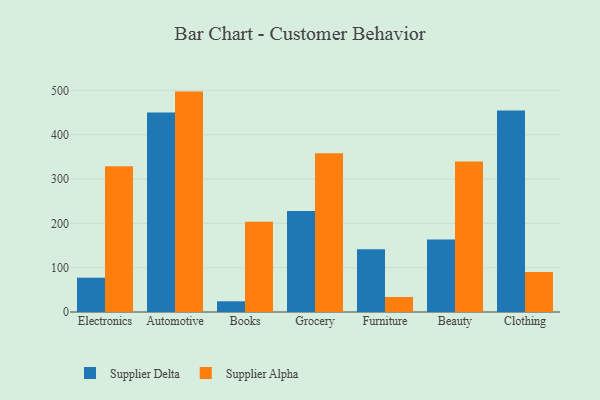
{"axis": {"x": "Category", "y": "Operating Costs (USD K)"}, "legend": ["Supplier Alpha", "Supplier Delta"], "data": [{"x": "Electronics", "y": 77.4, "type": "Supplier Delta"}, {"x": "Electronics", "y": 328.8, "type": "Supplier Alpha"}, {"x": "Automotive", "y": 450.1, "type": "Supplier Delta"}, {"x": "Automotive", "y": 497.1, "type": "Supplier Alpha"}, {"x": "Books", "y": 24.1, "type": "Supplier Delta"}, {"x": "Books", "y": 203.5, "type": "Supplier Alpha"}, {"x": "Grocery", "y": 227.6, "type": "Supplier Delta"}, {"x": "Grocery", "y": 357.8, "type": "Supplier Alpha"}, {"x": "Furniture", "y": 141.3, "type": "Supplier Delta"}, {"x": "Furniture", "y": 33.9, "type": "Supplier Alpha"}, {"x": "Beauty", "y": 163.7, "type": "Supplier Delta"}, {"x": "Beauty", "y": 339.3, "type": "Supplier Alpha"}, {"x": "Clothing", "y": 454.6, "type": "Supplier Delta"}, {"x": "Clothing", "y": 90.1, "type": "Supplier Alpha"}]}